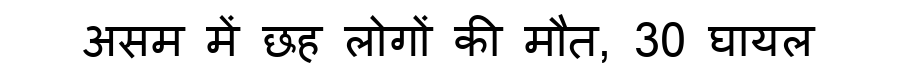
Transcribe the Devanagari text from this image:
असम में छह लोगों की मौत, 30 घायल